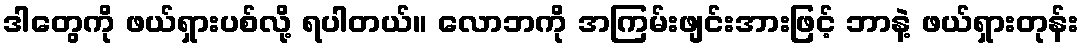
ဒါတွေကို ဖယ်ရှားပစ်လို့ ရပါတယ်။ လောဘကို အကြမ်းဖျင်းအားဖြင့် ဘာနဲ့ ဖယ်ရှားတုန်း